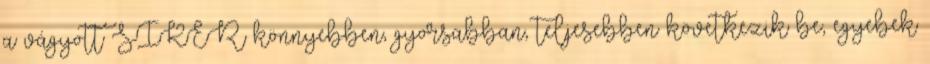
a vágyott SIKER könnyebben, gyorsabban, teljesebben következik be, egyebek